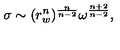
\sigma \sim ( r _ { w } ^ { n } ) ^ { \frac { n } { n - 2 } } \omega ^ { \frac { n + 2 } { n - 2 } } ,